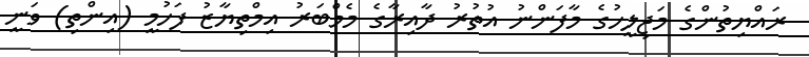
ރައްޔިތުންގެ މަޖިލީހުގެ މާފަންނު އުތުރު ދާއިރާގެ މެމްބަރު އިމްތިޔާޒު ފަހުމީ (އިންތި) ވަނީ